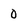
Character: 0